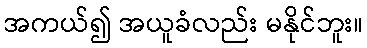
အကယ်၍ အယူခံလည်း မနိုင်ဘူး။